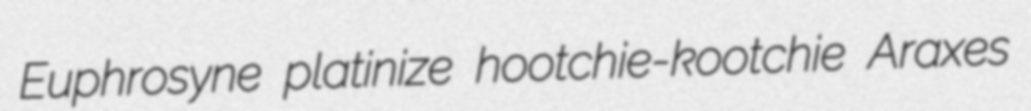
Euphrosyne platinize hootchie-kootchie Araxes